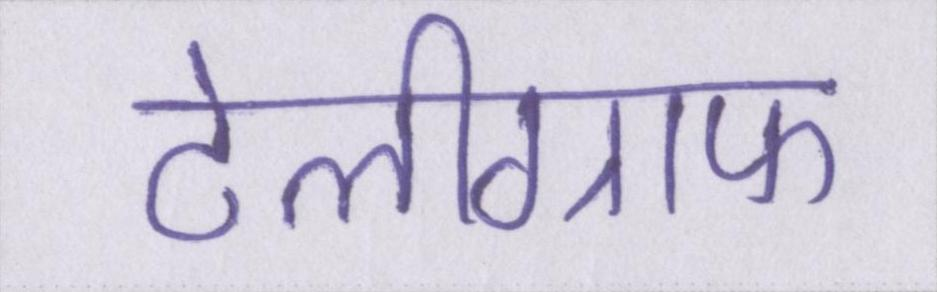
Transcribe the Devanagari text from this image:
टेलीग्राफ